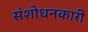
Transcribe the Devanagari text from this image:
संशोधनकारी